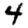
Digit: 4